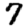
Digit: 7